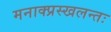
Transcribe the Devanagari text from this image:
मनाक्प्रस्खलन्तः